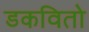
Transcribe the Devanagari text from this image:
डकवितो